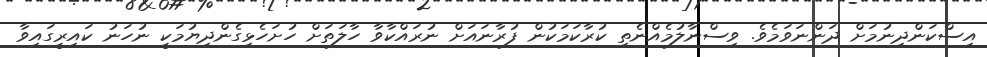
އިސްކަންދިނުމަށް ދަންނަވަމެވެ. ވިސްނާލުމެއްނެތި ކުރާކަމަކުން ފުރާނައަށް ނުރައްކާވާ ހާލަތަށް ހުށަހެޅިގެންދިޔުމަކީ ނުހަނު ކައިރީގައިވާ